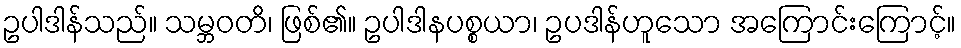
ဥပါဒါန်သည်။ သမ္ဘဝတိ၊ ဖြစ်၏။ ဥပါဒါနပစ္စယာ၊ ဥပဒါန်ဟူသော အကြောင်းကြောင့်။